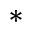
^ *